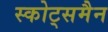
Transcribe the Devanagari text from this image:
स्कोट्समैन